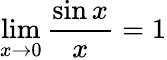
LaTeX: \operatorname*{lim}_{x\to 0}{\frac{\sin x}{x}}=1